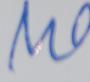
Signature authenticity: forged